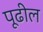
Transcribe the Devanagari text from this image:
पूढील